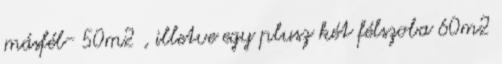
másfél- 50m2 , illetve egy plusz két félszoba 60m2